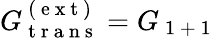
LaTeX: G_{\mathrm{~t~r~a~n~s~}}^{\mathrm{~(~e~x~t~)~}}=G_{\mathrm{~1~+~1~}}